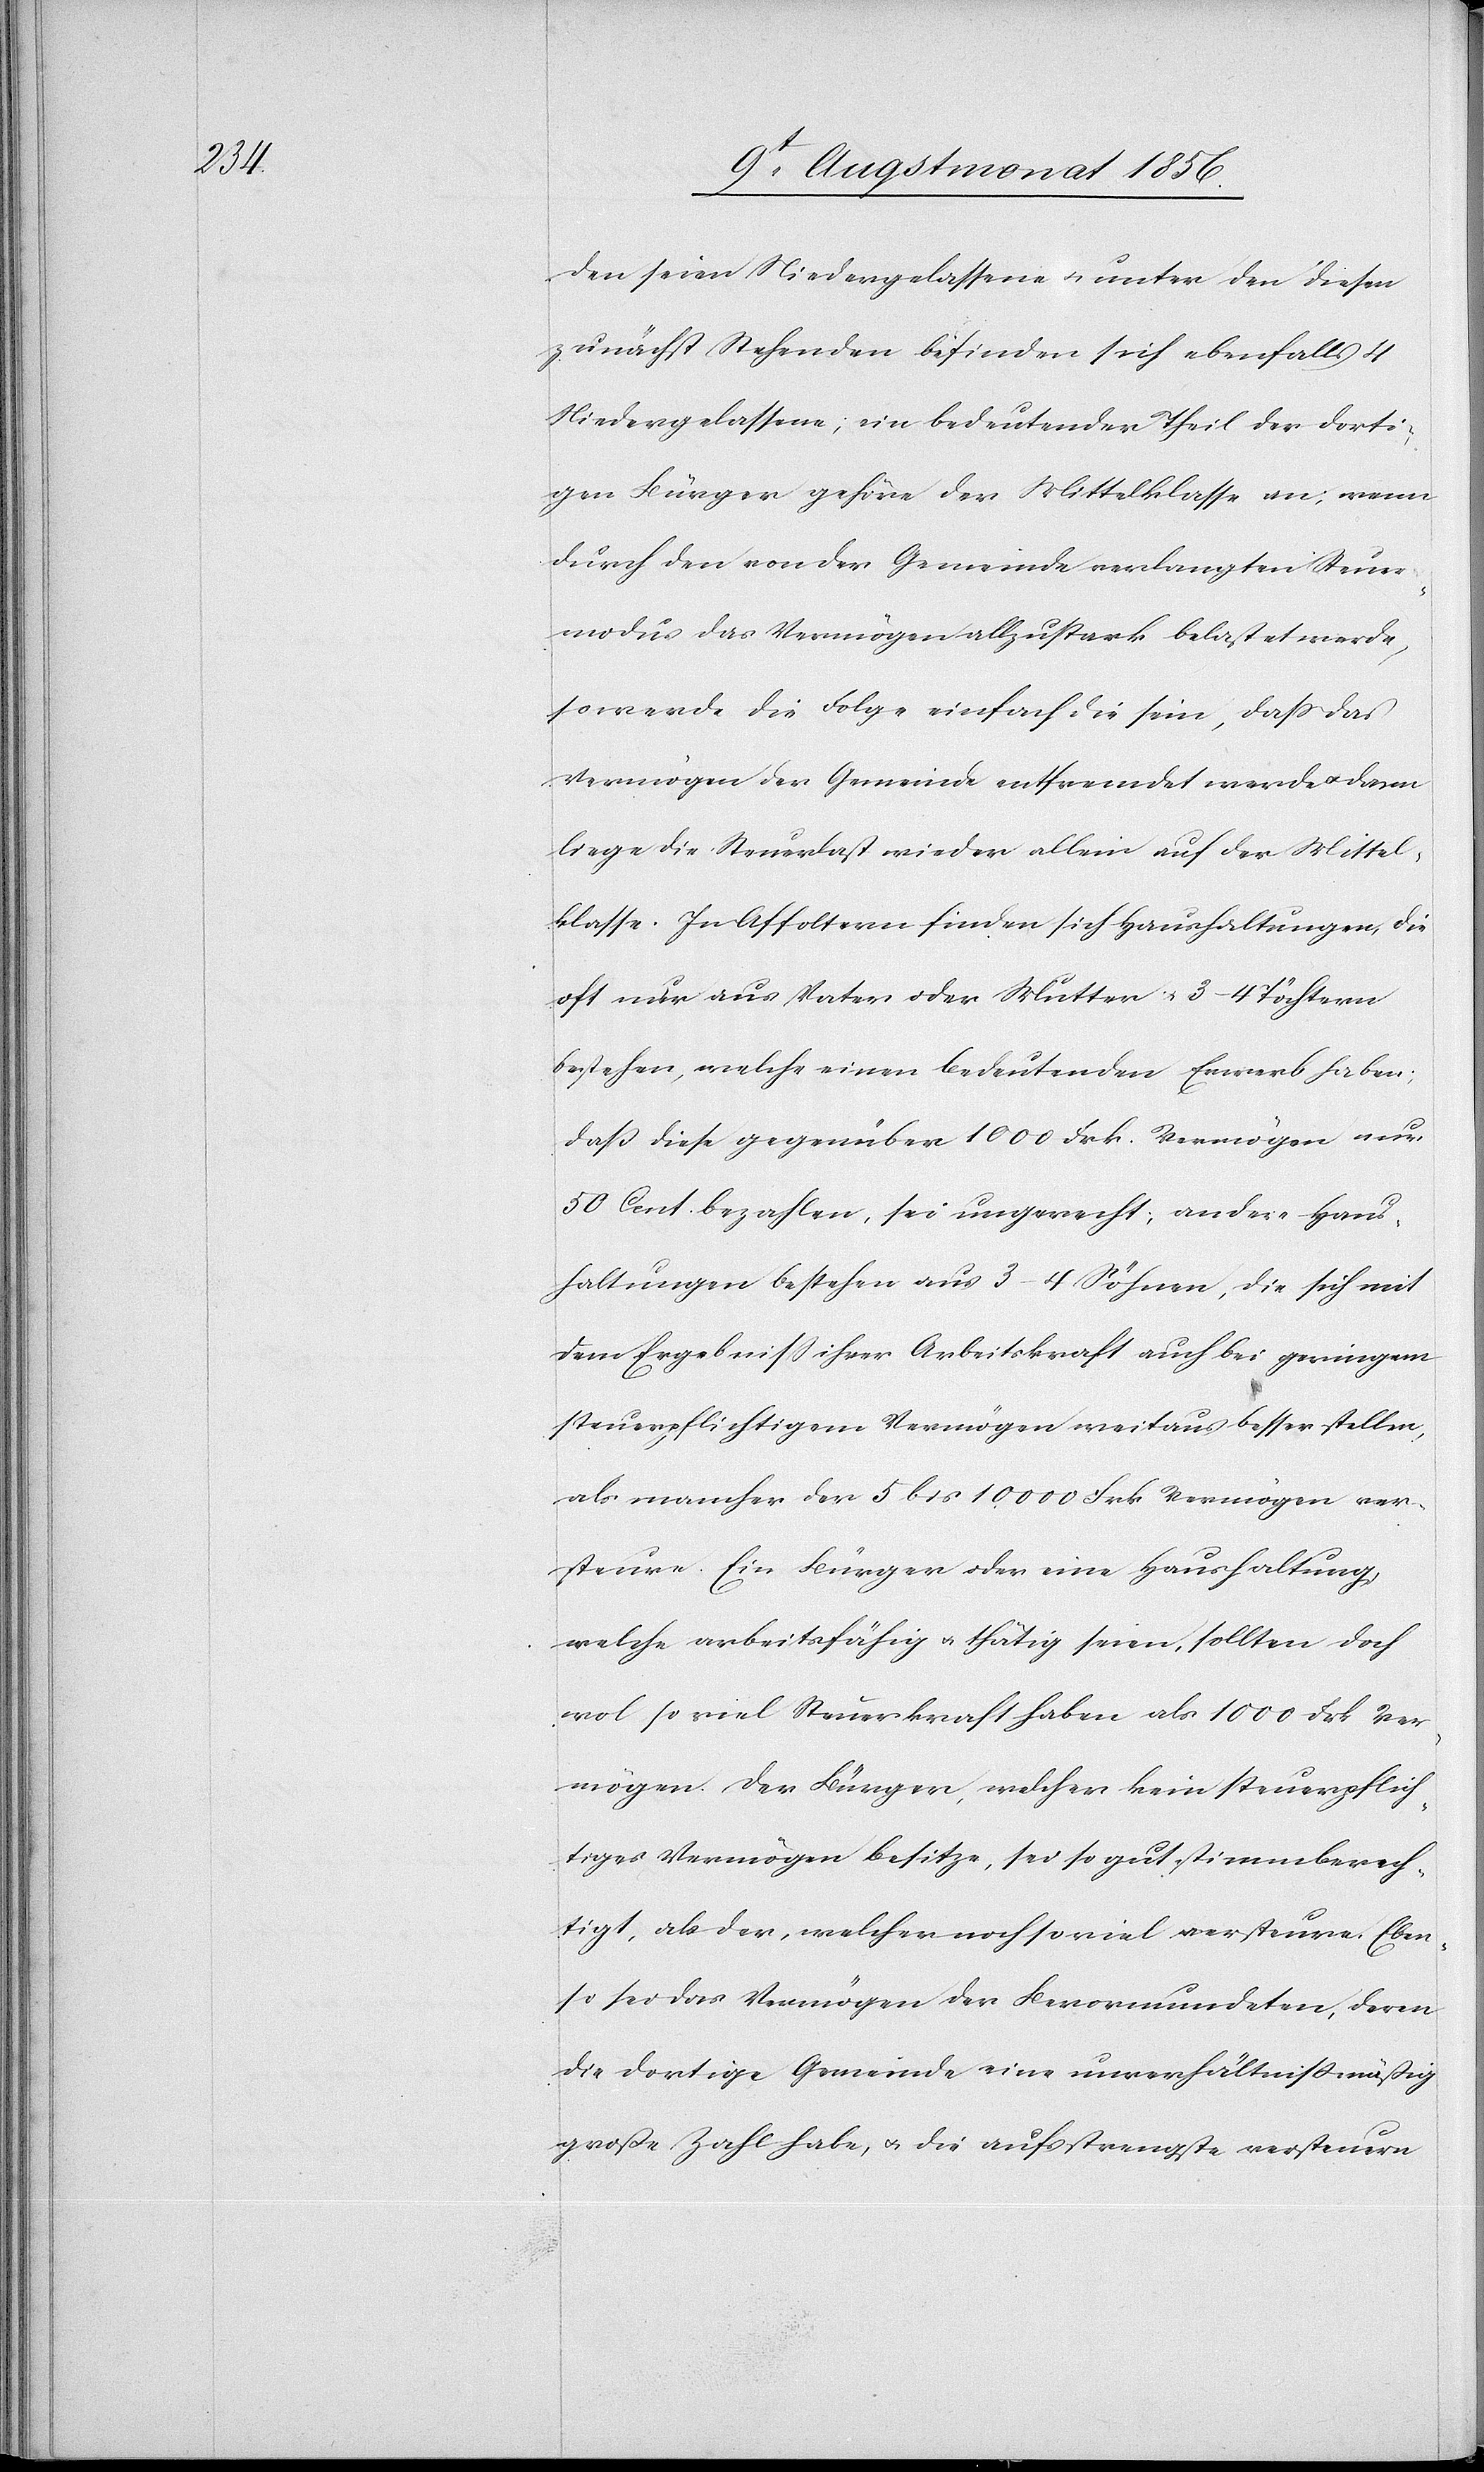
den seien Niedergelassene u. unter den diesen
zunächst Stehenden befinden sich ebenfalls 4
Niedergelassene; ein bedeutender Theil der dorti¬
gen Bürger gehöre der Mittelklasse an; wenn
durch den von der Gemeinde verlangten Steuer¬
modus das Vermögen allzustark belastet werde,
so werde die Folge einfach die sein, dass das
Vermögen der Gemeinde entfremdet werde u. dann
liege die Steuerlast wieder allein auf der Mittel¬
klasse. In Affoltern finden sich Haushaltungen, die
oft nur aus Vater oder Mutter u. 3–4 Töchtern
bestehen, welche einen bedeutenden Erwerb haben;
dass diese gegenüber 1000 Frk. Vermögen nur
50 Cent. bezahlen, sei ungerecht; andere Haus¬
haltungen bestehen aus 3–4 Söhnen, die sich mit
dem Ergebniss ihrer Arbeitskraft auch bei geringem
steuerpflichtigem Vermögen weitaus besser stellen,
als mancher der 5 bis 10,000 Frk Vermögen ver¬
steure. Ein Bürger oder eine Haushaltung,
welche arbeitsfähig u. thätig seien, sollten doch
wol so viel Steuerkraft haben als 1000 Frk Ver¬
mögen. Der Bürger, welcher kein steuerpflich¬
tiges Vermögen besitze, sei so gut stimmberech¬
tigt, als der, welcher noch so viel versteure. Eben¬
so sei das Vermögen der Bevormundeten, deren
die dortige Gemeinde eine unverhältnissmäßig
große Zahl habe, u. die aufs strengste versteuern